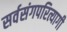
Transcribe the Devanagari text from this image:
सर्वसंगपरित्यागी